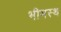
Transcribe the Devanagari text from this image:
भीमस्थ